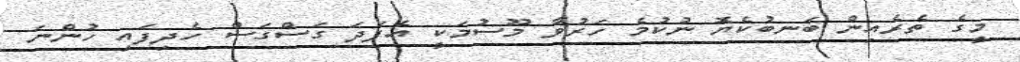
މީގެ ތެރެއިން ބަނބުކެޔޮ ނުކުމެ ހަރުވާ މޫސުމަކީ އެފަދަ ގަސްގަސް ހެދިފައި ހުންނަ